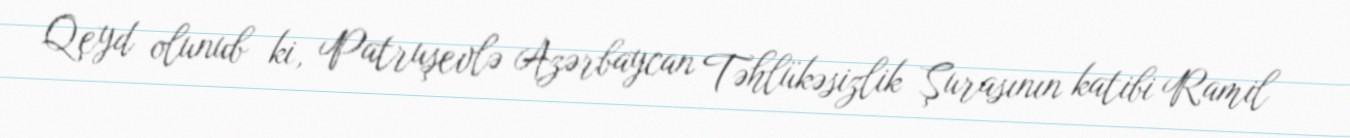
Qeyd olunub ki, Patruşevlə Azərbaycan Təhlükəsizlik Şurasının katibi Ramil